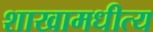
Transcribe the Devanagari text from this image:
शाखामधीत्य